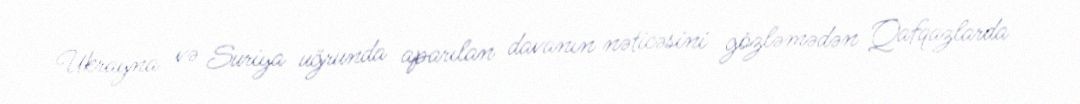
Ukrayna və Suriya uğrunda aparılan davanın nəticəsini gözləmədən Qafqazlarda